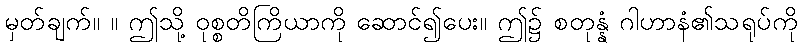
မှတ်ချက်။ ။ ဤသို့ ဝုစ္စတိကြိယာကို ဆောင်၍ပေး။ ဤ၌ စတုန္နံ ဂါဟာနံ၏သရုပ်ကို